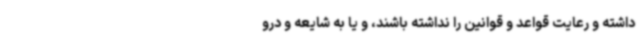
داشته و رعایت قواعد و قوانین را نداشته باشند، و یا به شایعه و درو